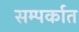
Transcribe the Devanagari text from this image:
सम्पर्कात